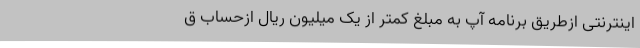
اینترنتی ازطریق برنامه آپ به مبلغ کمتر از یک میلیون ریال ازحساب ق